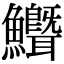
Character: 𬵺